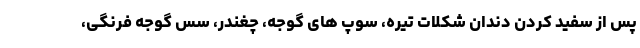
پس از سفید کردن دندان شکلات تیره، سوپ های گوجه، چغندر، سس گوجه فرنگی،